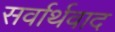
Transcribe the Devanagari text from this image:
सर्वार्थवाद